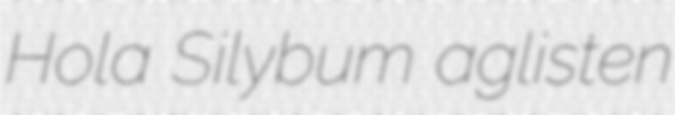
Hola Silybum aglisten